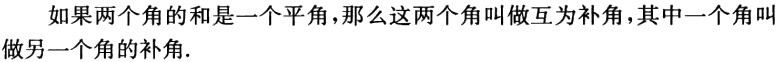
如果两个角的和是一个平角，那么这两个角叫做互为补角，其中一个角叫做另一个角的补角.